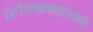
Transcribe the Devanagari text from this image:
संगीतप्रकारांच्या